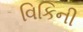
વિકિની